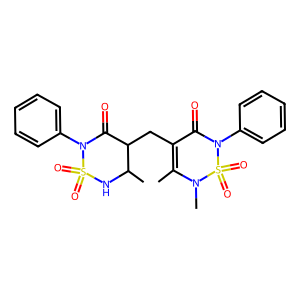
SMILES: CC1=C(CC2C(=O)N(c3ccccc3)S(=O)(=O)NC2C)C(=O)N(c2ccccc2)S(=O)(=O)N1C
Inhibits HIV replication: No